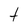
Character: t